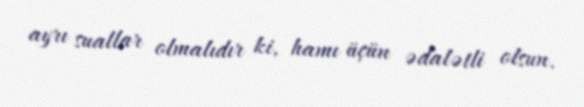
ayrı suallar olmalıdır ki, hamı üçün ədalətli olsun.